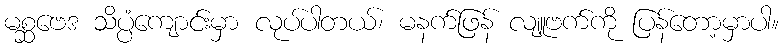
မစ္ဆဗေဒ သိပ္ပံကျောင်းမှာ လုပ်ပါတယ်၊ မနက်ဖြန် လျူဗက်ကို ပြန်တော့မှာပါ။